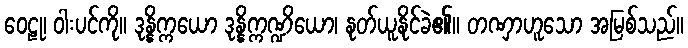
ဝေဠု၊ ဝါးပင်ကို။ ဒုန္နိက္ကယော ဒုန္နိက္ကဏ္ဍိယော၊ နုတ်ယူနိုင်ခဲ၏။ တဏှာဟူသော အမြစ်သည်။